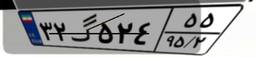
۸۹گ۱۵۰۱۸